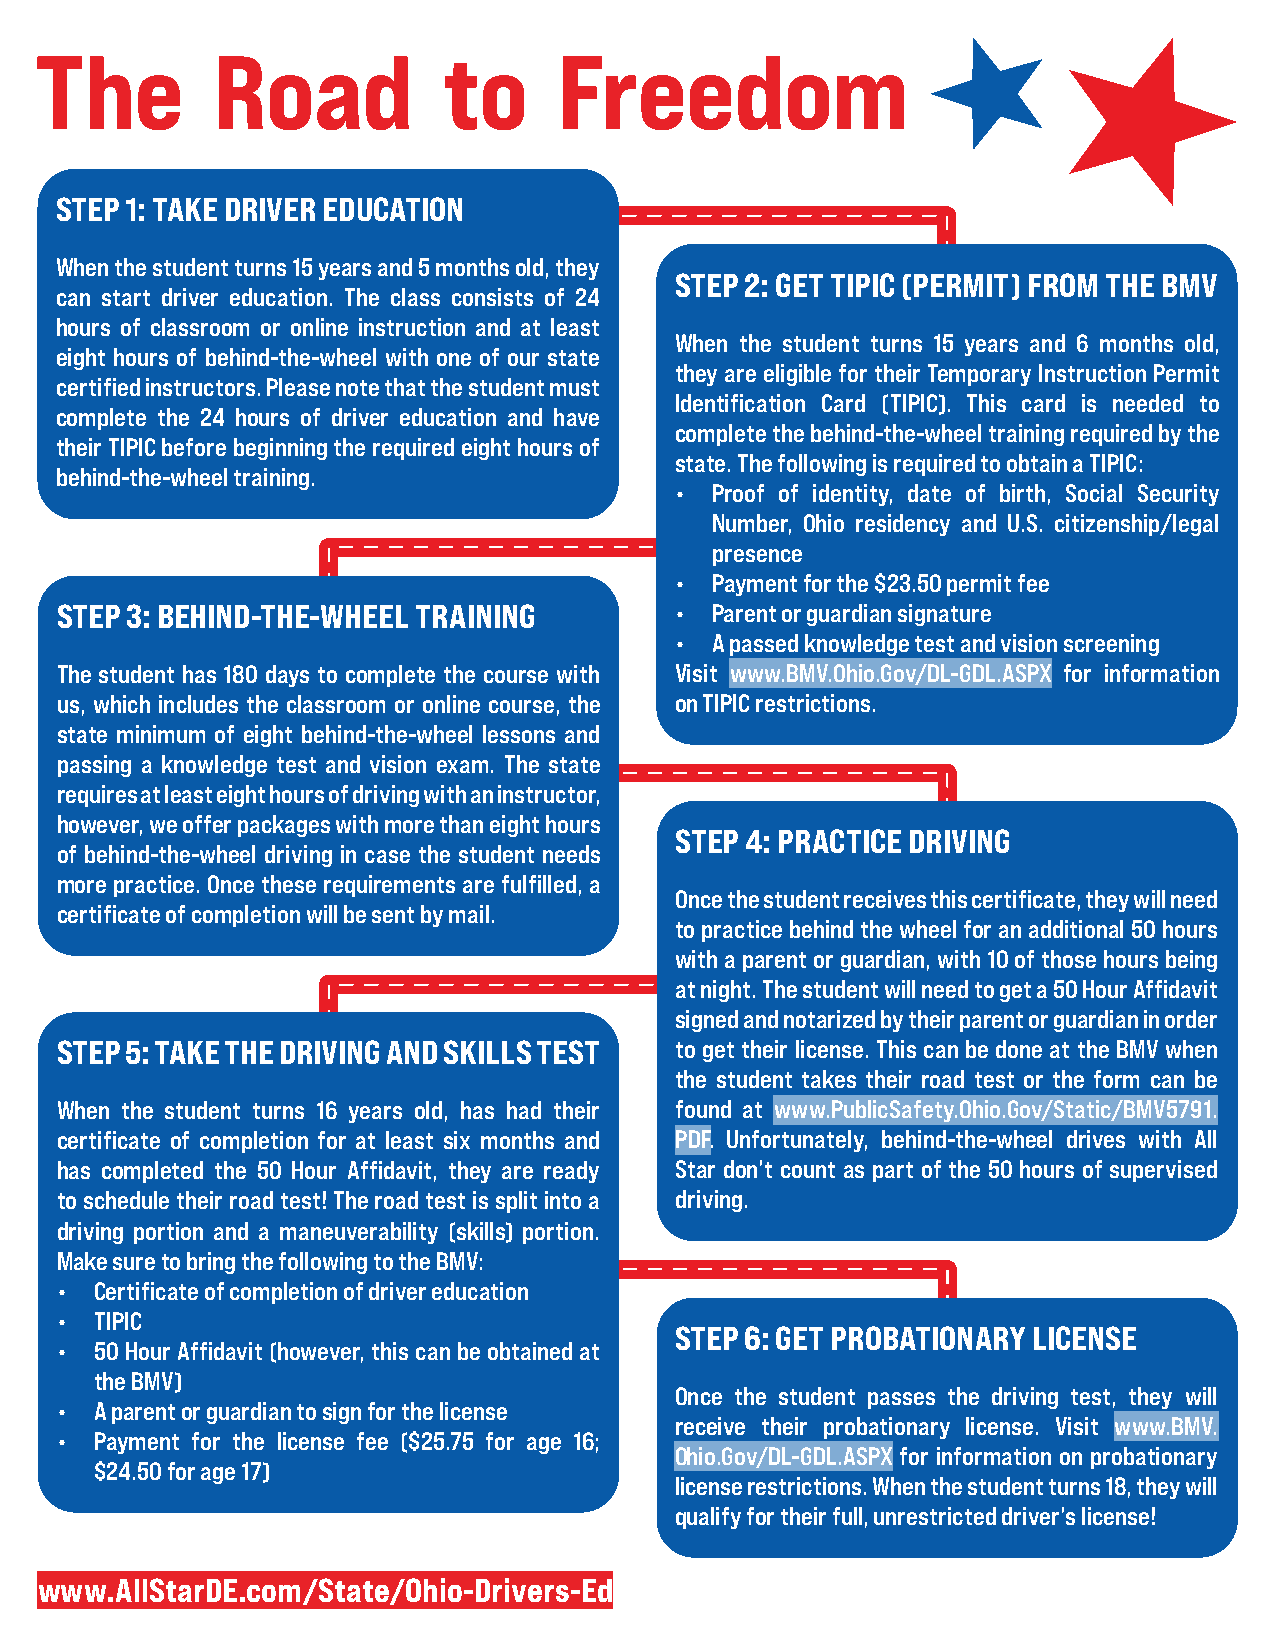
STEP 1: TAKE DRIVER EDUCATION
 When the student turns 15 years and 5 months old, they
 STEP 2: GET TIPIC (PERMIT) FROM THE BMV
 can start driver education. The class consists of 24
 hours of classroom or online instruction and at least
 When the student turns 15 years and 6 months old,
 eight hours of behind-the-wheel with one of our state
 they are eligible for their Temporary Instruction Permit
 certified instructors. Please note that the student must
 Identification Card (TIPIC). This card is needed to
 complete the 24 hours of driver education and have
 complete the behind-the-wheel training required by the
 their TIPIC before beginning the required eight hours of
 state. The following is required to obtain a TIPIC:
 behind-the-wheel training.
 • Proof of identity, date of birth, Social Security
 Number, Ohio residency and U.S. citizenship/legal
 presence
 • Payment for the $23.50 permit fee
 STEP 3: BEHIND-THE-WHEEL TRAINING        • Parent or guardian signature
 • A passed knowledge test and vision screening
 The student has 180 days to complete the course with Visit www.BMV.Ohio.Gov/DL-GDL.ASPX for information
 us, which includes the classroom or online course, the on TIPIC restrictions.
 state minimum of eight behind-the-wheel lessons and
 passing a knowledge test and vision exam. The state
 requires at least eight hours of driving with an instructor,
 however, we offer packages with more than eight hours
 STEP 4: PRACTICE DRIVING
 of behind-the-wheel driving in case the student needs
 more practice. Once these requirements are fulfilled, a
 Once the student receives this certificate, they will need
 certificate of completion will be sent by mail.
 to practice behind the wheel for an additional 50 hours
 with a parent or guardian, with 10 of those hours being
 at night. The student will need to get a 50 Hour Affidavit
 signed and notarized by their parent or guardian in order
 STEP 5: TAKE THE DRIVING AND SKILLS TEST to get their license. This can be done at the BMV when
 the student takes their road test or the form can be
 When the student turns 16 years old, has had their found at www.PublicSafety.Ohio.Gov/Static/BMV5791.
 certificate of completion for at least six months and PDF. Unfortunately, behind-the-wheel drives with All
 has completed the 50 Hour Affidavit, they are ready Star don’t count as part of the 50 hours of supervised
 to schedule their road test! The road test is split into a driving.
 driving portion and a maneuverability (skills) portion.
 Make sure to bring the following to the BMV:
 • Certificate of completion of driver education
 • TIPIC
 STEP 6: GET PROBATIONARY LICENSE
 • 50 Hour Affidavit (however, this can be obtained at
 the BMV)
 Once the student passes the driving test, they will
 • A parent or guardian to sign for the license
 receive their probationary license. Visit www.BMV.
 • Payment for the license fee ($25.75 for age 16;
 Ohio.Gov/DL-GDL.ASPX for information on probationary
 $24.50 for age 17)
 license restrictions. When the student turns 18, they will
 qualify for their full, unrestricted driver’s license!
 www.AllStarDE.com/State/Ohio-Drivers-Ed